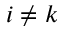
i \neq k